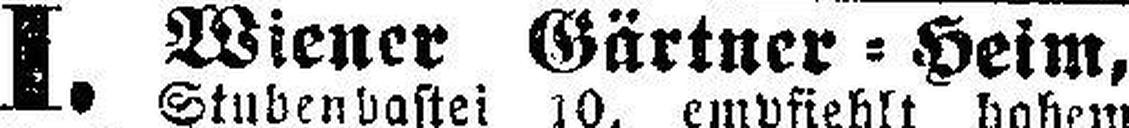
I Wiener Gärtner=Heim,